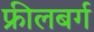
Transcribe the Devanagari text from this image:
फ्रीलबर्ग